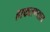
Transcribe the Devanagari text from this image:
हाकलण्यात